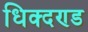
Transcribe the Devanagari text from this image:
धिक्दण्ड